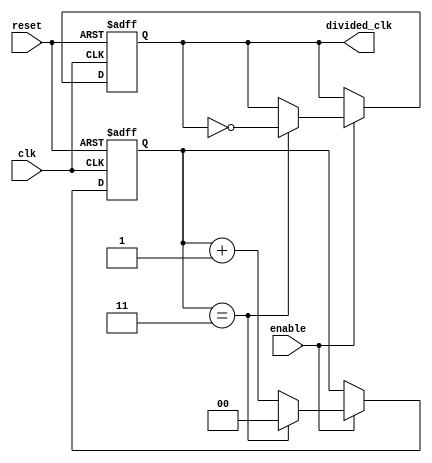
module frequency_divider_counter #(
    parameter N = 4 // Division factor (can be modified as needed)
)(
    input wire clk,          // Input clock signal
    input wire reset,        // Asynchronous reset signal
    input wire enable,       // Optional enable signal
    output reg divided_clk    // Output divided clock signal
);

    reg [$clog2(N)-1:0] count; // Counter register to hold the current count

    // Asynchronous reset and counting logic
    always @(posedge clk or posedge reset) begin
        if (reset) begin
            count <= 0;          // Reset the counter
            divided_clk <= 0;    // Set divided clock to low
        end else if (enable) begin
            if (count == N-1) begin
                count <= 0;      // Reset counter when it reaches N
                divided_clk <= ~divided_clk; // Toggle divided clock
            end else begin
                count <= count + 1; // Increment counter
            end
        end
    end

endmodule